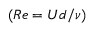
( R e = U d / \nu )